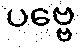
ပဗ္ဗေ